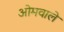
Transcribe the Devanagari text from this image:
ओमवाले